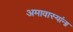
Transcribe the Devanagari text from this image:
अमावास्यांना